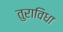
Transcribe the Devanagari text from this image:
तुराविधा